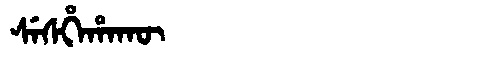
Manchu: ᠰᡝᠰᡥᡝᡥᠠᡴᡡ
Romanization: SESHEHAKŪ